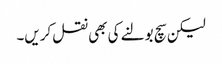
لیکن سچ بولنے کی بھی نقل کریں۔